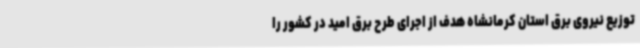
توزیع نیروی برق استان کرمانشاه هدف از اجرای طرح برق امید در کشور را